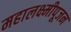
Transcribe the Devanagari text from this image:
महालक्ष्मीपूजन